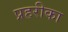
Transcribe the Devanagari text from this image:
प्रहरीका